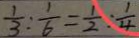
\frac { 1 } { 3 } : \frac { 1 } { 6 } = \frac { 1 } { 2 } : \frac { 1 } { 4 }